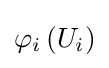
\varphi _{i}\left(U_{i}\right)